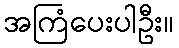
အကြံပေးပါဦး။